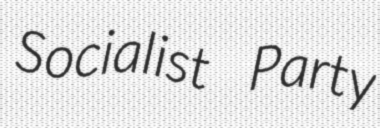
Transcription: Socialist Party